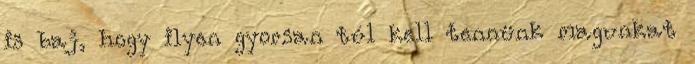
is baj, hogy ilyen gyorsan túl kell tennünk magunkat